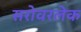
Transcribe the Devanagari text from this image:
सरोवरलेक